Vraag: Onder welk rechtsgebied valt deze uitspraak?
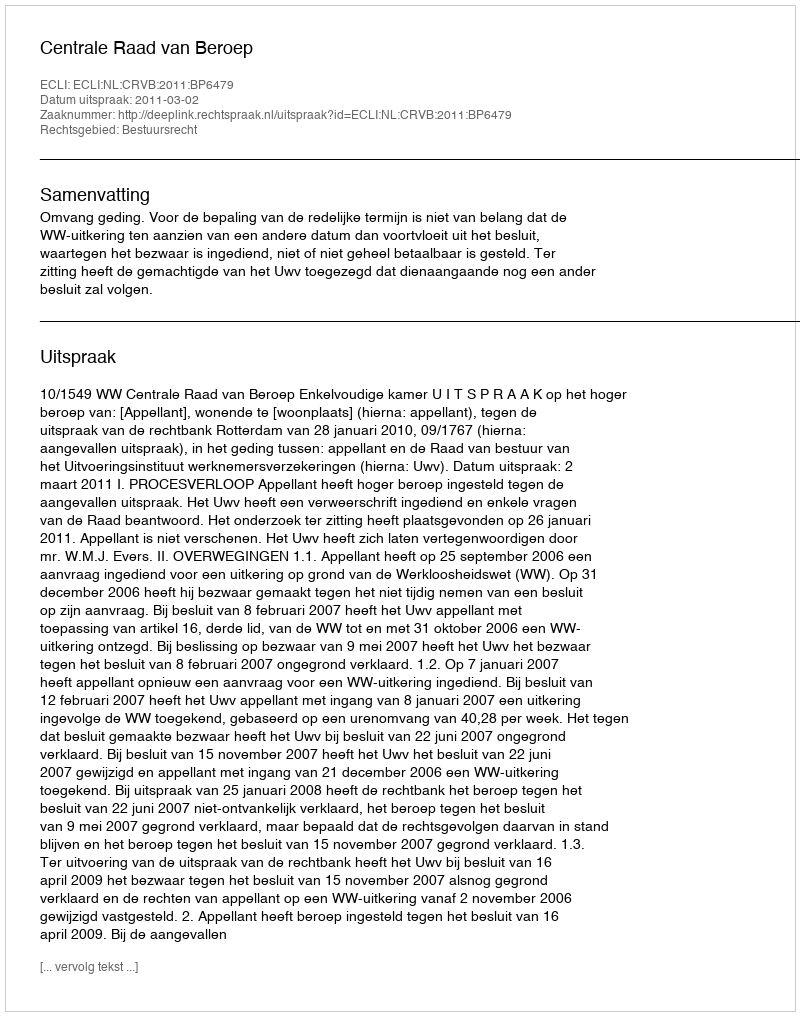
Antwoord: Bestuursrecht